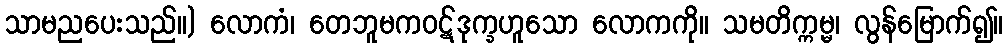
သာမညပေးသည်။) လောကံ၊ တေဘူမကဝဋ်ဒုက္ခဟူသော လောကကို။ သမတိက္ကမ္မ၊ လွန်မြောက်၍။